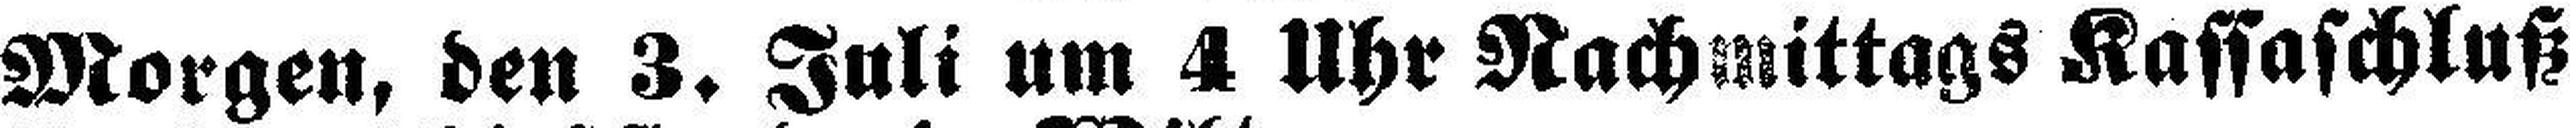
Morgen, den 3. Juli um 4 Uhr Nachmittags Kassaschluß